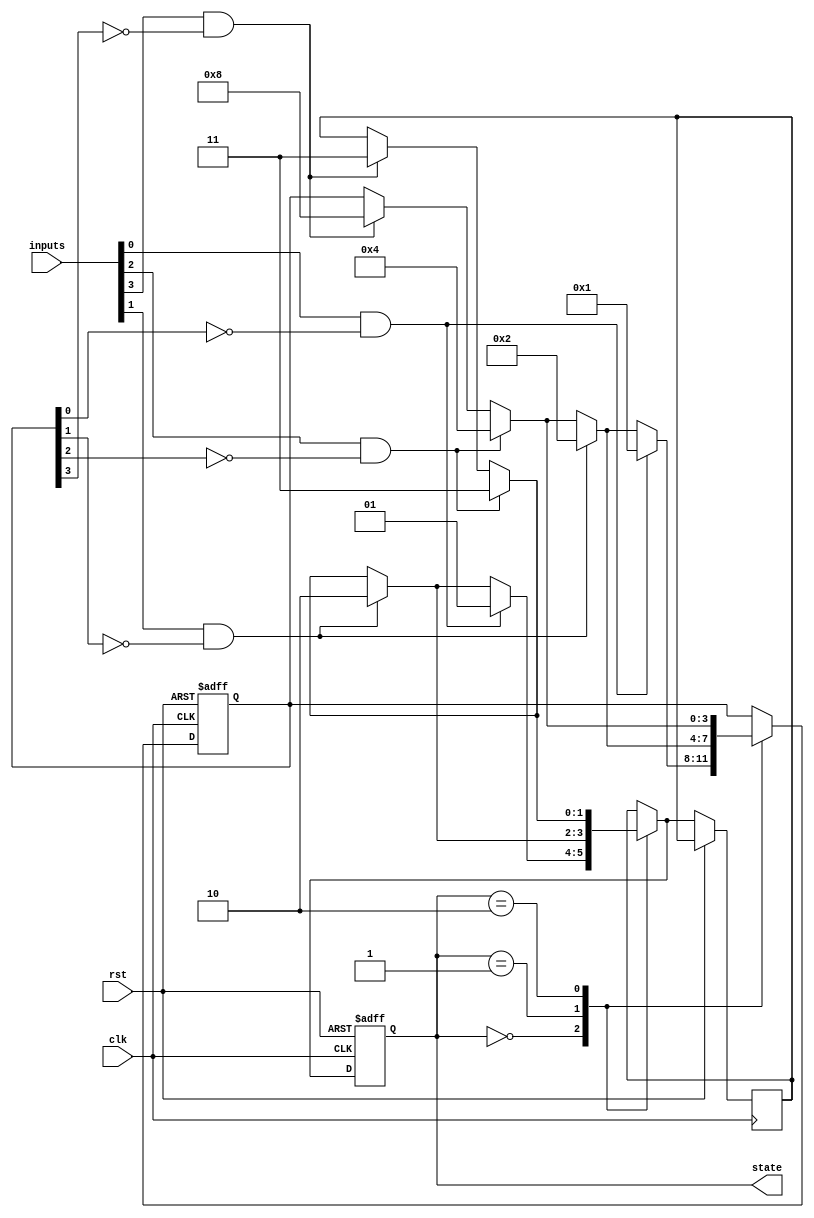
module priority_encoding_state_machine (
    input wire clk,
    input wire rst,
    input wire [3:0] inputs,
    output reg [1:0] state
);

reg [3:0] priority;
reg [1:0] next_state;

always @(posedge clk or posedge rst) begin
    if (rst) begin
        state <= 2'b00;
        priority <= 4'b0000;
    end else begin
        case (state)
            2'b00: begin // State 0
                if (inputs[0] && !priority[0]) begin
                    next_state = 2'b01;
                    priority <= 4'b0001;
                end else if (inputs[1] && !priority[1]) begin
                    next_state = 2'b10;
                    priority <= 4'b0010;
                end else if (inputs[2] && !priority[2]) begin
                    next_state = 2'b11;
                    priority <= 4'b0100;
                end else if (inputs[3] && !priority[3]) begin
                    next_state = 2'b11;
                    priority <= 4'b1000;
                end
            end
            2'b01: begin // State 1
                if (inputs[1] && !priority[1]) begin
                    next_state = 2'b10;
                    priority <= 4'b0010;
                end else if (inputs[2] && !priority[2]) begin
                    next_state = 2'b11;
                    priority <= 4'b0100;
                end else if (inputs[3] && !priority[3]) begin
                    next_state = 2'b11;
                    priority <= 4'b1000;
                end
            end
            2'b10: begin // State 2
                if (inputs[2] && !priority[2]) begin
                    next_state = 2'b11;
                    priority <= 4'b0100;
                end else if (inputs[3] && !priority[3]) begin
                    next_state = 2'b11;
                    priority <= 4'b1000;
                end
            end
        endcase
        state <= next_state;
    end
end

endmodule